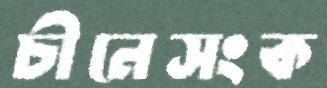
চীনেসংক